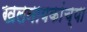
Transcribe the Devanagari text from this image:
खलनायकांच्या